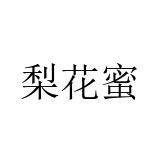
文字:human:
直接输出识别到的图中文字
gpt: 梨花蜜